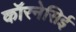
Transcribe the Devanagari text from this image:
कॉरनेसिई